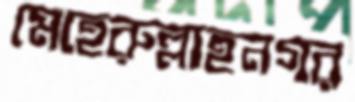
মেহেরুল্লাহনগর